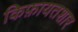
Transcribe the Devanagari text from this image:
किफ़ायतशार